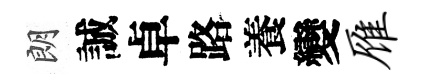
朗誠卓路養變雁